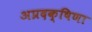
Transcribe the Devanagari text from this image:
अप्रदक्षिणा